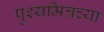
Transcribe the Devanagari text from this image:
पुश्यमित्रच्या